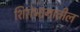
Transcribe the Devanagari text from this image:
शिरोभागातील